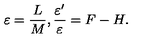
\varepsilon = \frac { L } { M } , \frac { \varepsilon ^ { \prime } } { \varepsilon } = F - H .